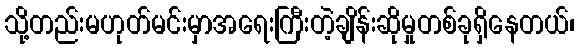
သို့တည်းမဟုတ်မင်းမှာအရေးကြီးတဲ့ချိန်းဆိုမှုတစ်ခုရှိနေတယ်၊